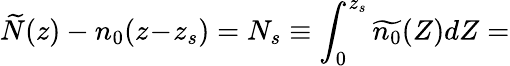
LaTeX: \widetilde{N}(z)-n_{0}(z\! -\! z_{s})=N_{s}\equiv\int_{0}^{z_{s}}\widetilde{n_{0}}(Z)dZ=